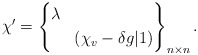
\begin{align*}\chi' = \left\{ \begin{aligned}& \lambda & \\&& (\chi_v - \delta g|1)\end{aligned}\right\}_{n\times n} .\end{align*}